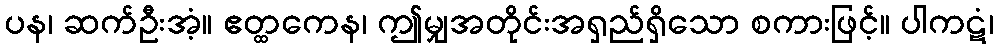
ပန၊ ဆက်ဦးအံ့။ ဧတ္ထကေန၊ ဤမျှအတိုင်းအရှည်ရှိသော စကားဖြင့်။ ပါကဋံ၊